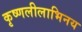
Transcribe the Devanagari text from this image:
कृष्णलीलाभिनय